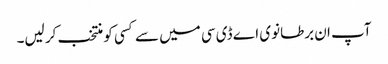
آپ ان برطانوی اے ڈی سی میں سے کسی کو منتخب کر لیں۔